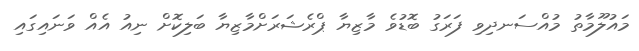
މައުލޫމާތު މުއްސަނދިވި ފަރަގު ބޮޑުވެ މާޒިޔާ ޕްރެޝަރަށްމާޒިޔާ ބަލިކޮށް ނިއު އެއް ވަނައިގައި